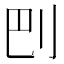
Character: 𠛋